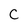
Character: C